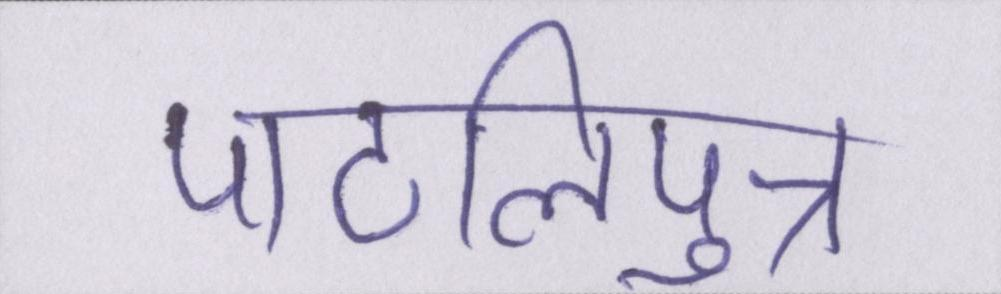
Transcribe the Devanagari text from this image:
पाटलिपुत्र